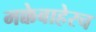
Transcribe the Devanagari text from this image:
मक्केबाहेरच